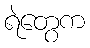
ရဲတွေက